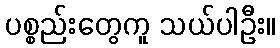
ပစ္စည်းတွေကူ သယ်ပါဦး။